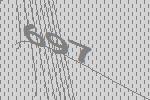
697